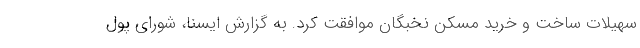
سهیلات ساخت و خرید مسکن نخبگان موافقت کرد. به گزارش ایسنا، شورای پول